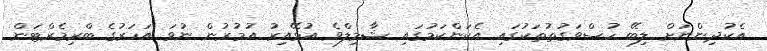
އެކުދިންނަށް ލިބޭ ހުސްވަގުތުތަކުގައި އެކަންކަމުގައި ޝާމިލްވެ އުޅޭއިރު އުމުރުން ނުވަ އަހަރުގެ ބްރިމެރްޓަން